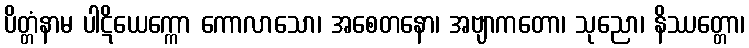
ပိတ္တံနာမ ပါဋိယေက္ကော ကောလာသော၊ အစေတနော၊ အဗျာကတော၊ သုညော၊ နိဿတ္တော၊